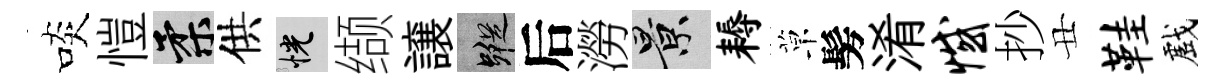
啖愷柔供恍缬譲蹤后澇景耨草髣淆憾抄丑鞋戲